Vaccination in the Punjab 1919-1929 - 1919-1929
Year: 1919
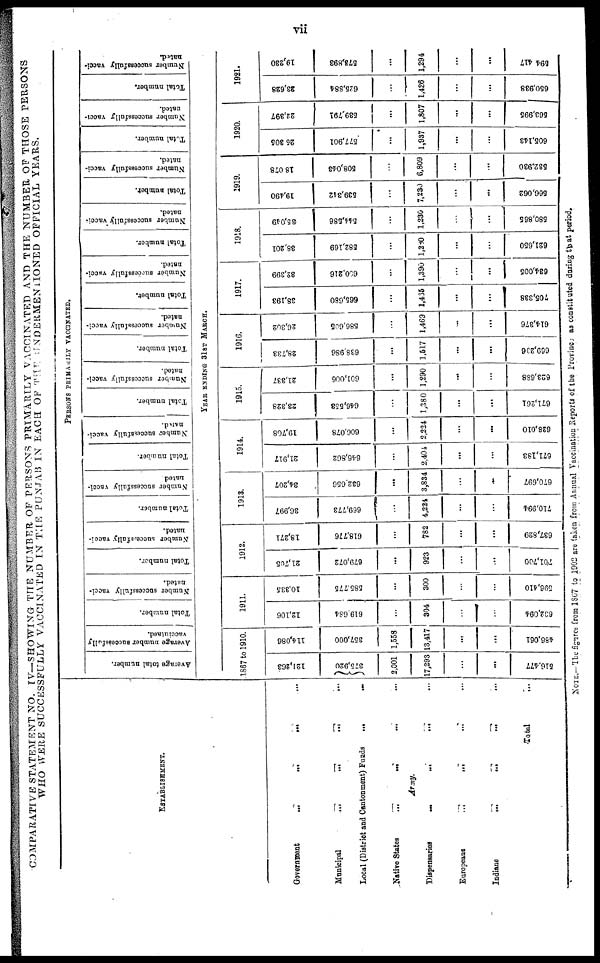
vii
COMPARATIVE STATEMENT NO. IV—SHOWING THE NUMBER OF PERSONS PRIMARILY VACCINATED AND THE NUMBER OF THOSE PERSONS
WHO WERE SUCCESSFULLY VACCINATED IN THE PUNJAB IN EACH OF THE UNDERMENTIONED OFFICIAL YEARS.
ESTABLISHMENT.
Government
...
...
...
...
Municipal
...
...
...
...
Local (District and Cantonment) Funds
...
...
Native States ... ... ... ...
Army.
Dispensaries
...
...
...
...
Europeans
...
...
...
...
Indians
...
...
...
...
Total ...
PERSONS PRIMARILY VACCINATED.
Average total number.
Average number successfully
vaccinated.
Total number.
Number successfully vacci-
nated.
Total number.
Number successfully vacci-
nated.
Total number.
Number successfully vacci-
nated
Total number.
Number successfully vacci-
nated.
Total number.
Number successfully vacci-
nated .
Total number.
Number successfully vacci-
nated.
Total number.
Number successfully vacci-
nated.
Total number.
Number successfully vacci-
nated.
Total number.
Number successfully vacci-
nated.
Total number.
Number successfully vacci-
nated.
Total number.
Number successfully vacci-
nated.
YEAR ENDING 31ST MARCH.
.1867 to 1910.
121,263
375,920
2,001
17,293
...
...
516,477
114,086
357,000
1,558
13,417
...
...
486,061
1911.
12,106
619,684
...
304
...
...
632,094
10,335
585,775
...
300
...
...
596,410
1912.
21,705
679,072
...
923
...
...
701,700
18,271
618,776
...
782
...
...
637,829
1913.
36,997
669,773
...
4,224
...
...
710,994
34,207
632,656
...
3,834
...
...
670,697
1914.
21,917
646,862
...
2,404
...
...
671,183
19,708
606,078
...
2,224
...
...
628,010
1915.
23,328
646,553
...
1,380
...
...
671,261
21,337
601,006
...
1,290
...
...
623,688
1916.
28,733
638,986
...
1,517
...
...
669,236
26,302
586,605
...
1,469
...
...
614,376
1917.
38,193
665,680
...
1,465
...
...
705,338
32,399
600,216
...
1,390
...
...
634,005
1918.
38,201
582,169
...
1,280
...
...
621,650
35,049
544,586
...
1,230
...
...
580,865
1919.
19,490
539,342
...
7,230
...
...
566,062
18,078
508,043
6,809
...
...
532,930
1920.
25,305
577,901
...
1,937
...
...
605,143
22,397
539,791
...
1,807
...
...
563,995
1921.
23,628
625,884
...
1,426
...
...
650,938
19,230
573,893
...
1,294
...
...
594,417
NOTE.—The figures from 1867 to 1902 are taken from Annual Vaccination Reports of the Provines as constituted during that period.